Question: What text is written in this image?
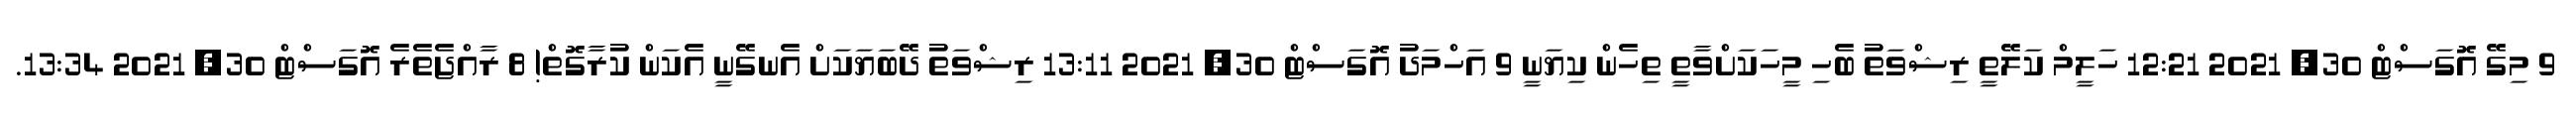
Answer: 9 މިގޭ އޮގަސްޓް 30, 2021 12:21 ހަލީމް ކަލޭތީ ރިޝްވަތު ބެހި މީހަކަށްވާތީ ތިހެން ކިޔަނީ 9 އަހްމަދު އޮގަސްޓް 30, 2021 13:11 ރިޝްވަތު ދޭބަޔަކަށް އެނގޭނީ އެކަން ކުރާގޮތް! 8 ރާއްޖެތެރެ އޮގަސްޓް 30, 2021 13:34.